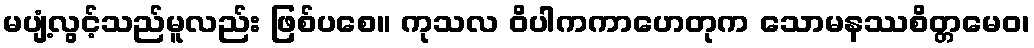
မပျံ့လွင့်သည်မူလည်း ဖြစ်ပစေ။ ကုသလ ဝိပါကကာဟေတုက သောမနဿစိတ္တမေဝ၊